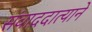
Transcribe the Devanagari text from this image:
संवाददात्याने